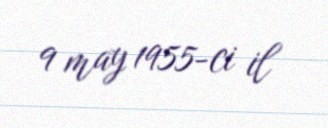
9 may 1955-ci il